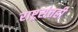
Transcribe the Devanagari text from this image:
राष्ट्रसंतही